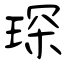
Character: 琛